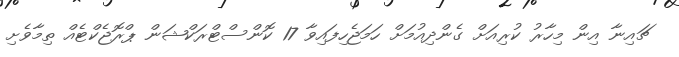
ޗައިނާ އިން މިހާރު ކުރިއަށް ގެންދިއުމަށް ހަމަޖެހިފައިވާ 17 ކޮންސްޓްރަކްޝަން ޕްރޮޖެކްޓެއް ތިމާވެށި